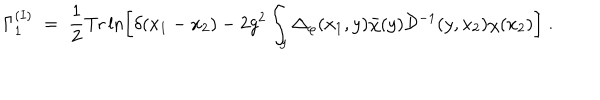
\Gamma _ { 1 } ^ { ( I ) } \; = \; \frac { 1 } { 2 } \mathrm { T r } \ln \left[ \delta ( x _ { 1 } - x _ { 2 } ) - 2 g ^ { 2 } \int _ { y } \Delta _ { \varphi } ( x _ { 1 } , y ) { \bar { \chi } } ( y ) { \mathcal D } ^ { - 1 } ( y , x _ { 2 } ) \chi ( x _ { 2 } ) \right] \; .